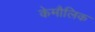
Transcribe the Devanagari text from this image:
केमौलिक